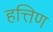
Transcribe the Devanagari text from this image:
हत्तिण